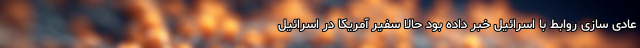
عادی سازی روابط با اسرائیل خبر داده بود حالا سفیر آمریکا در اسرائیل